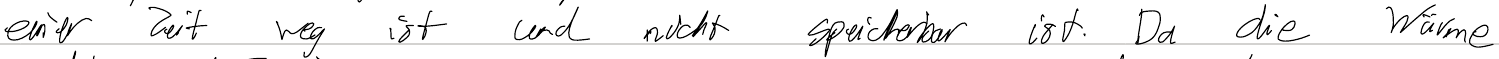
einer Zeit weg ist und nicht speicherbar ist. Da die Wärme